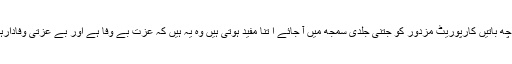
ک چھ باتیں کارپوریٹ مزدور کو جتنی جلدی سمجھ میں آ جائے ا تنا مفید ہوتی ہیں وہ یہ ہیں کہ عزت بے وفا ہے اور بے عزتی وفادارہے۔